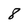
Character: 8